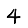
Digit: 4